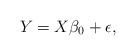
LaTeX: \begin{align*} Y = X\beta_0 + \epsilon,\end{align*}